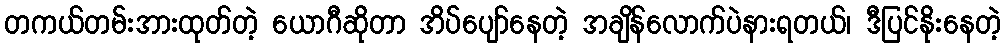
တကယ်တမ်းအားထုတ်တဲ့ ယောဂီဆိုတာ အိပ်ပျော်နေတဲ့ အချိန်လောက်ပဲနားရတယ်၊ ဒီပြင်နိုးနေတဲ့